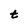
Character: t